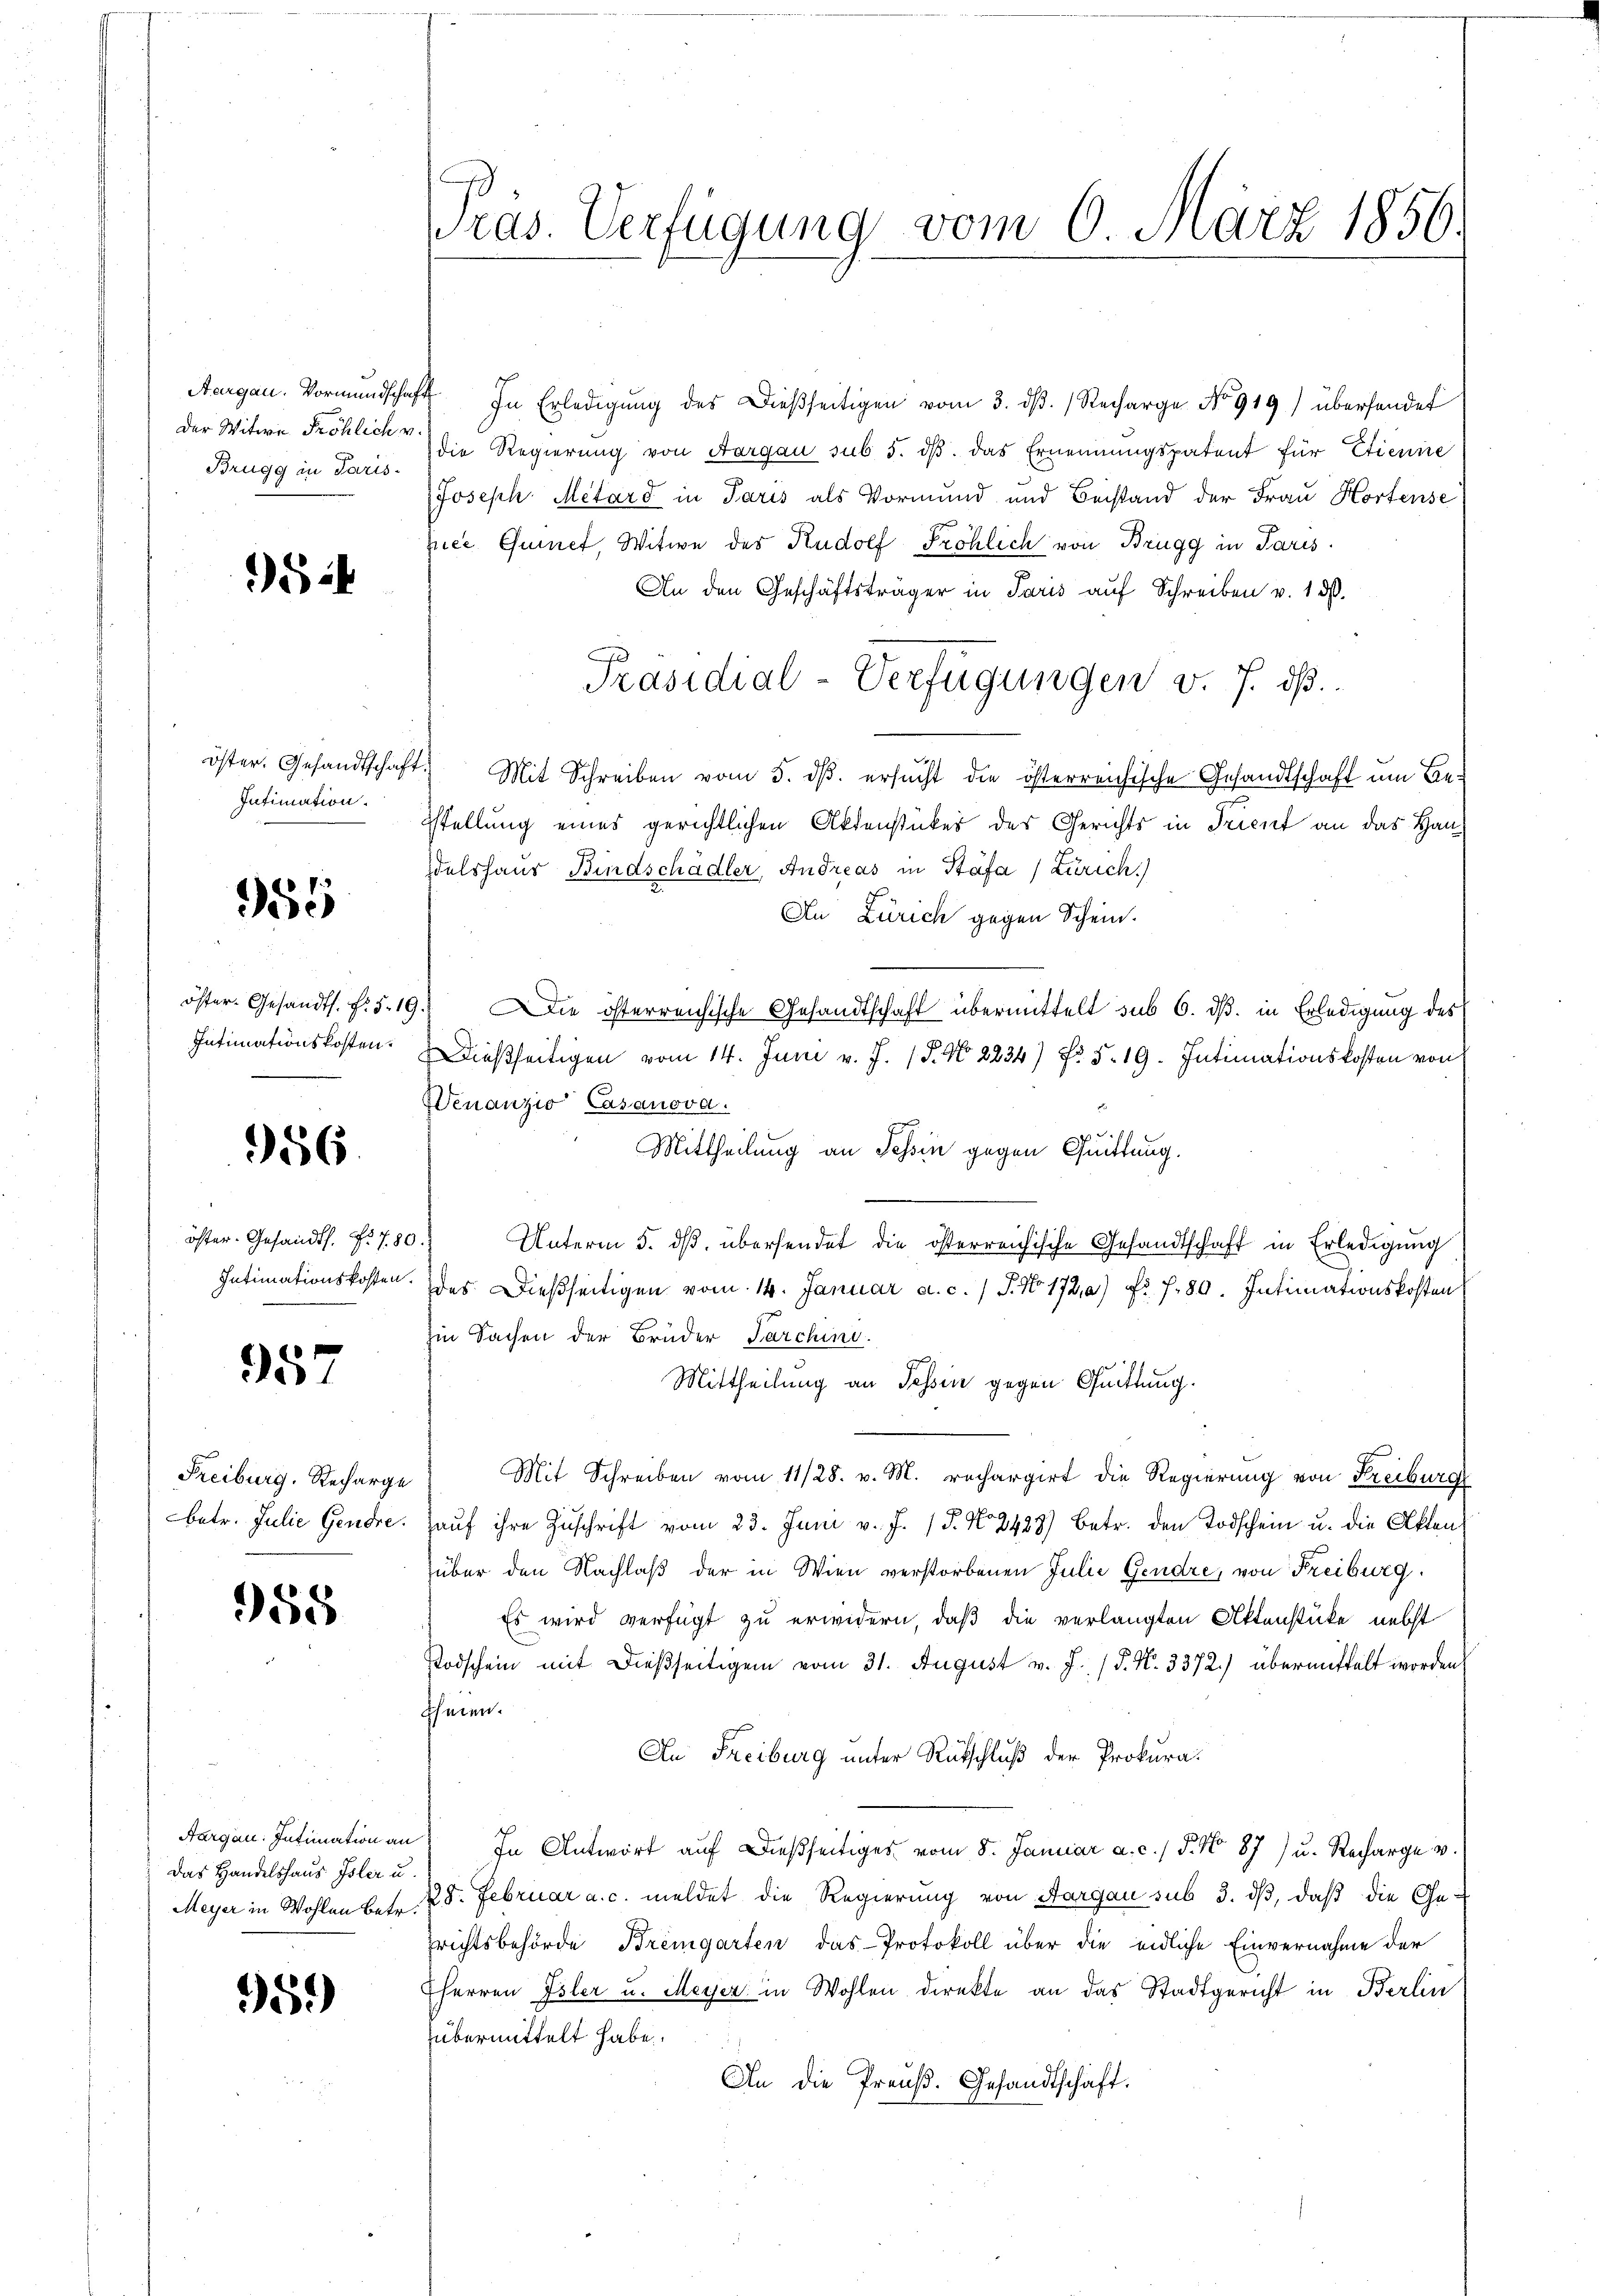
Der Witwe Fröhlich v.
Brugg in Paris

524

Intimation.

955

öster. Gesandts. fr. 5. 19
Intimationskosten.
e

956

öster. Gesandt. Fr. 780
Intimationskosten.

957

Freiburg. Recharge
betr. Julie Gendre.

958

Das Handelshaus Isler u.

959)

Pras. Verfügung vom 6. März 1856.

Aargau. Vormundschaft In Erledigŭng des Dießseitigen vom 3. dβ. (Recharge No 919) überhandet
die Regierung von Aargau sub 5. dβ das Ernennungspatent für Etienire
Joseph Metard in Paris als Vormund und Beistand der Frau Hortense
pice Gurnet, Witwe des Rudolf Fröhlich von Brugg in Paris
An den Geschäftsträger in Paris auf Schreiben v. 13.
Präsidial-Verfügungen v. J. dß.
öster. Gesandtschaft. Mit Schreiben vom 5. dβ. ersŭcht die österreichische Gesandtschaft um Be-
stellung eines gerichtlichen Aktenstückes des Gerichts in Trient an das Handelshaus Bindschädler, Andreas in Stäfa (Zürich
An Zürich gegen Schein.
9.) Die österreichische Gesandtschaft übermittelt sub 6. dß. in Erledigung des
dießseitigen vom 14. Juni v. J. P. Nr. 2234) Nr. 5. 19. Intimationskosten von
Wenanzio Casanova
Mittheilung an Schin gegen Quittung.
s
Unterm 5. ds. übersendet die österreichische Gesandtschaft in Erledigung
des. Dießseitigen vom 14. Januar a. c. 1 S. Nr. 1720 fr. f. 80. Intimationskosten
Iin Sachen der Brüder Parchini.
Mittheilung an Tessin gegen Quittung.
Mit Schreiben vom 11/28. v. M. rechargirt die Regierung von Freiburg
Hauf ihre Zuschrift vom 23. Juni v. J. 15. No 2483) betr. den Todschein u. die Akten
über den Nachlaß der in Wien verstorbenen Julie Gendre, von Freiburg
Es wird verfügt zu erwidern, daß die verlangten Aktenstücke nebst
Todschein mit dießseitigen vom 31. August v. J. (§. N. 3372) übermittelt worden
heien.
An Freiburg unter Rückschluß der Prokura¬
Aargau. Intimation an. In Antwort aŭf dießseitiges vom 8. Januar a. c. / 5. No 87) u. Recharge u.
Meyer in Wohlen betr. 28. Februar a. c. meldet die Regierung von Aargau sub 3. dβ, daß die Ge-
prichtsbehörde Bremgarten das Protokoll über die eidliche Einvernahme der
Eherren Isler u. Meyer in Wohlen direkte an das Stadtgericht in Berlin
übermittelt habe.
An die Preuß. Gesandtschäft.